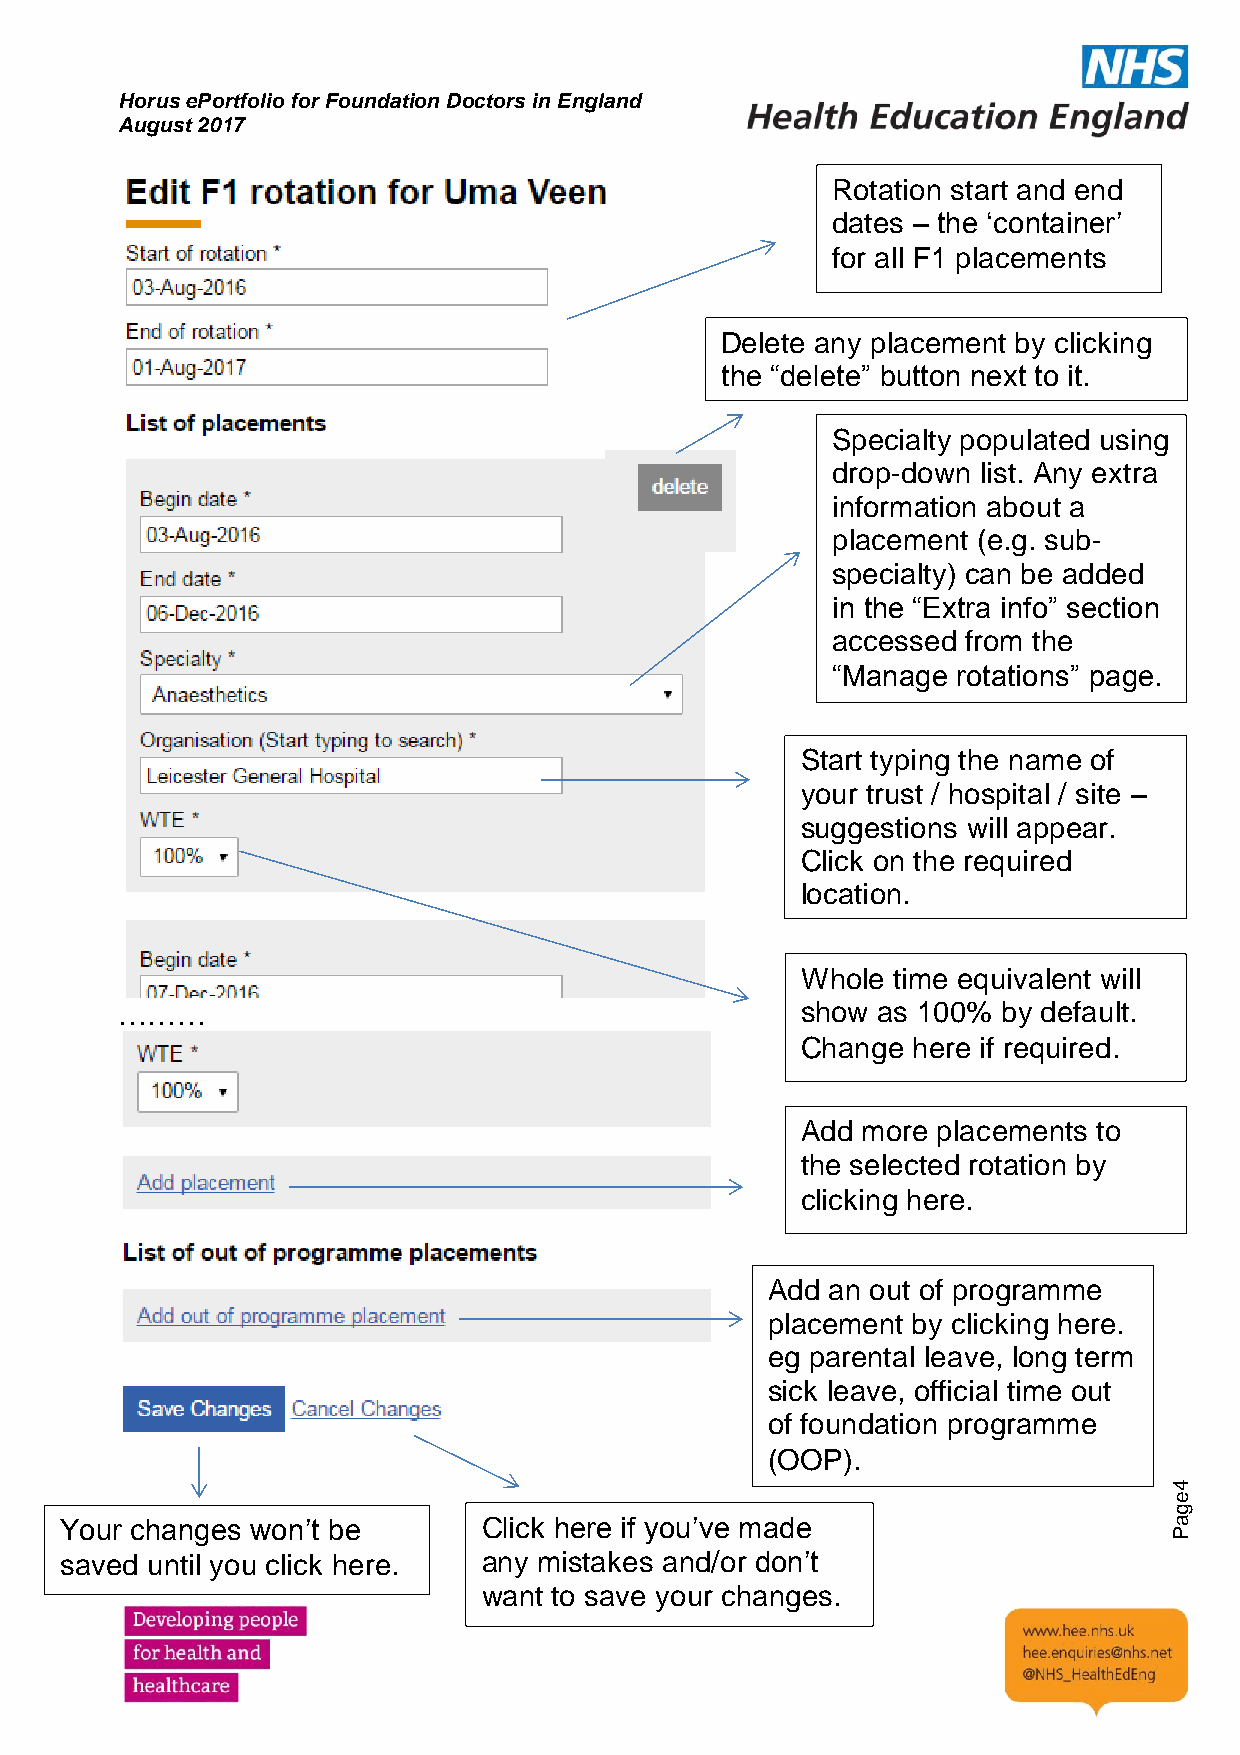
Horus ePortfolio for Foundation Doctors in England
 August 2017
 Rotation start and end
 dates – the ‘container’
 for all F1 placements
 Delete any placement by clicking
 the “delete” button next to it.
 Specialty populated using
 drop-down list. Any extra
 information about a
 placement (e.g. sub-
 specialty) can be added
 in the “Extra info” section
 accessed from the
 “Manage rotations” page.
 Start typing the name of
 your trust / hospital / site –
 suggestions will appear.
 Click on the required
 location.
 Whole time equivalent will
 ………                                          show as 100% by default.
 Change here if required.
 Add more placements to
 the selected rotation by
 clicking here.
 Add an out of programme
 placement by clicking here.
 eg parental leave, long term
 sick leave, official time out
 of foundation programme
 (OOP).
 4
 e
 g
 Your changes won’t be       Click here if you’ve made                     a
 P
 saved until you click here. any mistak es and/or don’t
 want to save your changes.